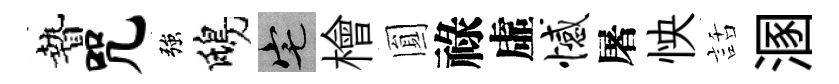
贄咒強鴟宅檜圎祿虛憾屠怏話溷